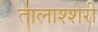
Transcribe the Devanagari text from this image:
तालाश्शेरी